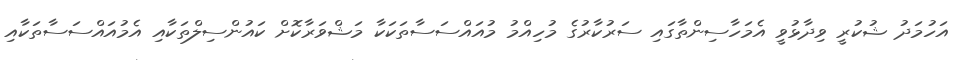
އަހުމަދު ޝުކުރީ ވިދާޅުވީ އެމަހާސިންތާގައި ސަރުކާރުގެ މުހިއްމު މުއައްސަސާތަކަކާ މަޝްވަރާކޮށް ކައުންސިލްތަކާއި އެމުއައްސަސާތަކާއި